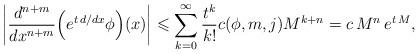
LaTeX: \begin{align*}\left| \dfrac{d^{n+m}}{dx^{n+m}}\Big(e^{t \, d/dx}\phi \Big)(x) \right| \leqslant \sum_{k=0}^{\infty} \dfrac{t^k}{k!} c(\phi, m,j) M^{k+n} = c \, M^n \, e^{t \, M},\end{align*}